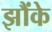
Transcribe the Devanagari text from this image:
झौंके